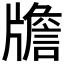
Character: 𤗻